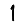
Digit: 1